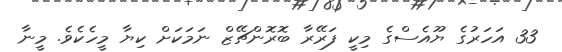
33 އަހަރުގެ ޔޫއެސްގެ މިކީ ފަރޭރާ ބޮރޮންޗޭޒް ނަމަކަށް ކިޔާ މީހެކެވެ. މީނާ